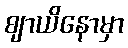
ဈာယိနောမှာ